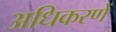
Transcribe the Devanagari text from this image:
अधिकरणें